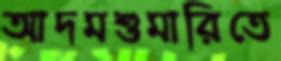
আদমশুমারিতে